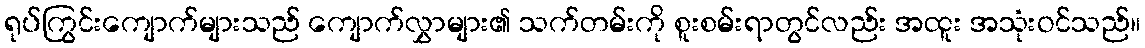
ရုပ်ကြွင်းကျောက်များသည် ကျောက်လွှာများ၏ သက်တမ်းကို စူးစမ်းရာတွင်လည်း အထူး အသုံးဝင်သည်။